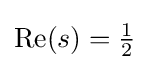
{\textstyle \operatorname {Re} (s)={\tfrac {1}{2}}}